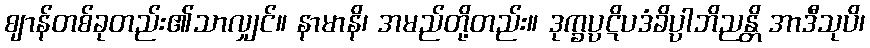
ဈာန်တစ်ခုတည်း၏သာလျှင်။ နာမာနိ၊ အမည်တို့တည်း။ ဒုက္ခပ္ပဋိပဒံခိပ္ပါဘိညန္တိ အာဒီသုပိ၊